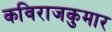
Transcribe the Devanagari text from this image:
कविराजकुमार